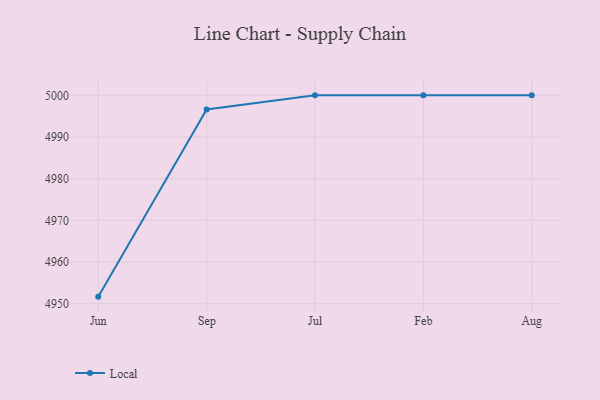
{"axis": {"x": "Month", "y": "Demand Index"}, "legend": ["Local"], "data": [{"x": "Jun", "y": 4951.7, "type": "Local"}, {"x": "Sep", "y": 4996.6, "type": "Local"}, {"x": "Jul", "y": 5000, "type": "Local"}, {"x": "Feb", "y": 5000, "type": "Local"}, {"x": "Aug", "y": 5000, "type": "Local"}]}